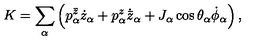
K = \sum _ { \alpha } \left( p _ { \alpha } ^ { \bar { z } } \dot { z } _ { \alpha } + p _ { \alpha } ^ { z } \dot { { \bar { z } } } _ { \alpha } + J _ { \alpha } \cos \theta _ { \alpha } \dot { \phi } _ { \alpha } \right) ,